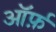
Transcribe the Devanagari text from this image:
ऑर्फ़